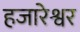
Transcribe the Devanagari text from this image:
हजारेश्वर